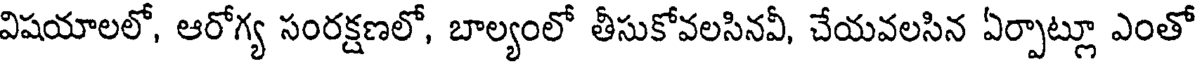
విషయాలలో, ఆరోగ్య సంరక్షణలో, బాల్యంలో తీసుకోవలసినవీ, చేయవలసిన ఏర్పాట్లూ ఎంతో